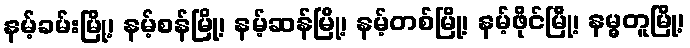
နမ့်ခမ်းမြို့၊ နမ့်စန်မြို့၊ နမ့်ဆန်မြို့၊ နမ့်တစ်မြို့၊ နမ့်ဖိုင်မြို့၊ နမ္မတူမြို့၊